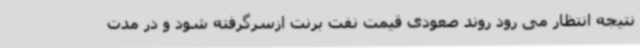
نتیجه انتظار می رود روند صعودی قیمت نفت برنت ازسرگرفته شود و در مدت